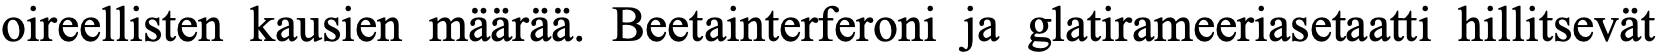
oireellisten kausien määrää. Beetainterferoni ja glatirameeriasetaatti hillitsevät